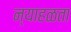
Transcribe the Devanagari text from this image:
न्याहळता